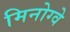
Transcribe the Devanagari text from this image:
मिनोग्वे